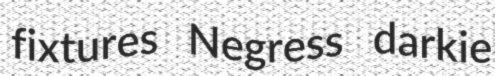
fixtures Negress darkie